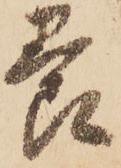
養